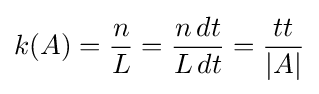
k(A)={\frac {n}{L}}={\frac {n\,dt}{L\,dt}}={\frac {tt}{\left|A\right\vert }}